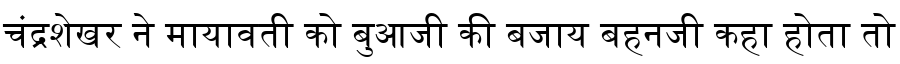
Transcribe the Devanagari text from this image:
चंद्रशेखर ने मायावती को बुआजी की बजाय बहनजी कहा होता तो